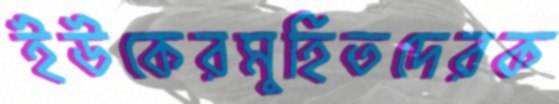
ইউকেরমুহিতদেরক